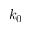
k _ { 0 }